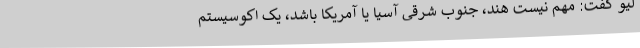
لیو گفت: مهم نیست هند، جنوب شرقی آسیا یا آمریکا باشد، یک اکوسیستم